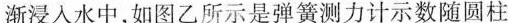
渐浸入水中，如图乙所示是弹簧测力计示数随圆柱